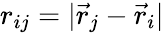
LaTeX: r_{ij}=|\vec{r}_{j}-\vec{r}_{i}|